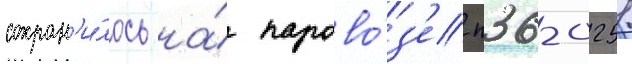
сохран'и́лось на́ парово́з'е п36-0251